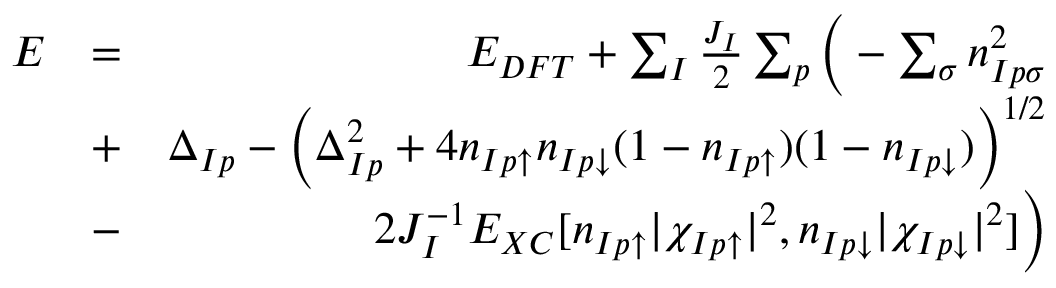
\begin{array} { r l r } { E } & { = } & { E _ { D F T } + \sum _ { I } \frac { J _ { I } } { 2 } \sum _ { p } \Big ( - \sum _ { \sigma } n _ { I p \sigma } ^ { 2 } } \\ & { + } & { \Delta _ { I p } - \left( \Delta _ { I p } ^ { 2 } + 4 n _ { I p \uparrow } n _ { I p \downarrow } ( 1 - n _ { I p \uparrow } ) ( 1 - n _ { I p \downarrow } ) \right) ^ { 1 / 2 } } \\ & { - } & { 2 J _ { I } ^ { - 1 } E _ { X C } [ n _ { I p \uparrow } | \chi _ { I p \uparrow } | ^ { 2 } , n _ { I p \downarrow } | \chi _ { I p \downarrow } | ^ { 2 } ] \Big ) } \end{array}